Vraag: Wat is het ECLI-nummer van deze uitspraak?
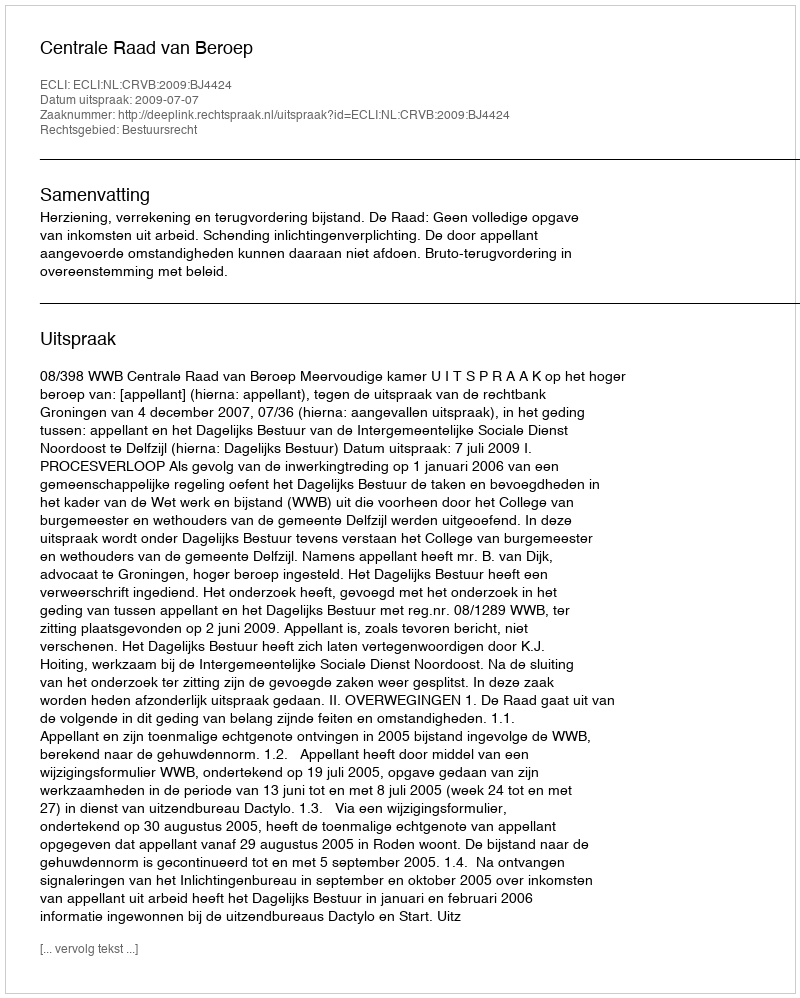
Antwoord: ECLI:NL:CRVB:2009:BJ4424